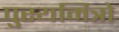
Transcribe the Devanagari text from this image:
पुस्यमित्रो